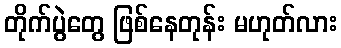
တိုက်ပွဲတွေ ဖြစ်နေတုန်း မဟုတ်လား